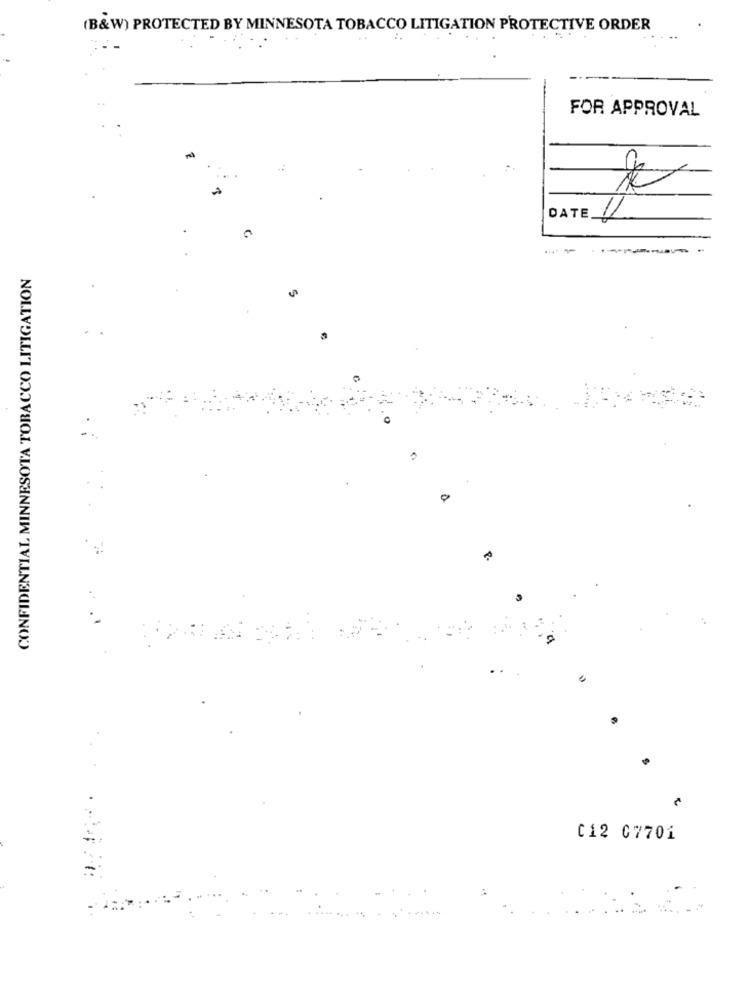
(B&W) PROTECTED BY MINNESOTA TOBACCO LITIGATION PROTECTIVE ORDER
FOR APPROVAL
DATE 12
CONFIDENTIAL MINNESOTA TOBACCO LITIGATION
0
€
C12 07701